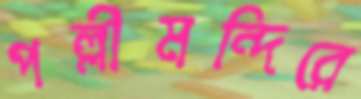
পল্লীমন্দিরে